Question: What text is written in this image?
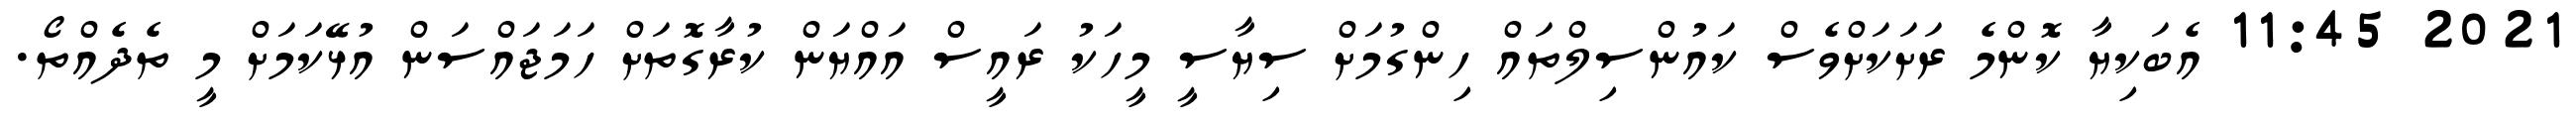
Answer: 2021 11:45 އެބަކިޔާ ކޮންމެ ރަށަކަށްވެސް ކައުންސިލްތައް ހިންގުމަށް ސިޔާސީ މީހަކު ރައީސް އައްޔަން ކުރާގޮތަށް ހަމަޖައްސަން އުޅޭކަމަށް މީ ތެދެއްތޯ.